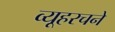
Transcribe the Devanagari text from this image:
व्यूहरचने